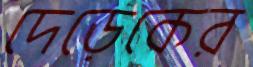
দেড়েকের